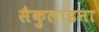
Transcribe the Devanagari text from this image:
सैकुलाइना